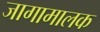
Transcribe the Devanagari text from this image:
जागामालक